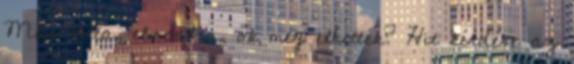
Más látta, elmondta, ők meg elhitték? Hit kérdése az